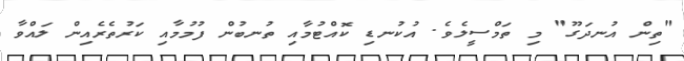
"ތިން އުނދަގޫ" މި ތަމްސީލެވެ. އުކުނޑި ކޮއްޓުމާއި ތުނބުން ފުމުމާއި ކަރުތެރެއިން ލައްވާ